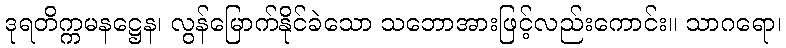
ဒုရတိက္ကမနဋ္ဌေန၊ လွန်မြောက်နိုင်ခဲသော သဘောအားဖြင့်လည်းကောင်း။ သာဂရော၊